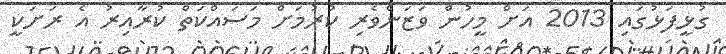
ގުޅީފަޅުގައި 2013 އަށް މީހުން ވަޒަންވެރި ކުރުމަށް މަސައްކަތް ކުރާއިރު އެ ރަށަކީ